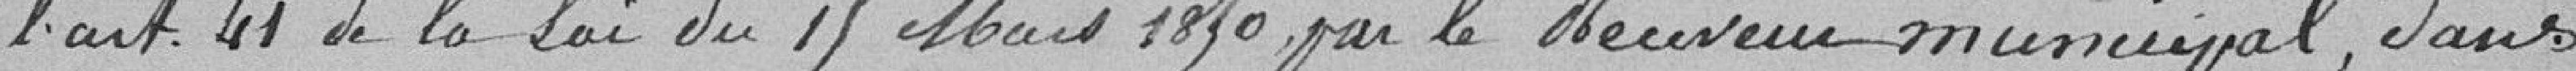
l'article 41 de la loi du 15 Mars 1850 par le Receveur municipal, dans